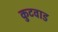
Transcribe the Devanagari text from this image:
कुटवाड